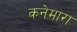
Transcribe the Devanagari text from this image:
कनेमारा